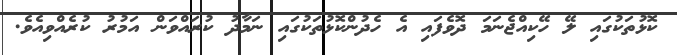
ކޮޅުތަކުގައި ލޭ ހޭކިއްޖެނަމަ ދޮވެފައި އެ ހެދުންކޮޅުތަކުގައި ނަމާދު ކުރައްވަން އަމުރު ކުރެއްވިއެވެ.